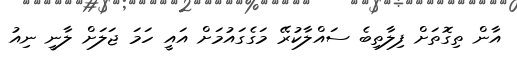
އާން ތިގޮތަށް ފިލާތިބެ ސައްލާކުރޭ މަގެގައުމަށް އައީ ހަމަ ޖަލަށް ލާނީ ނިއު